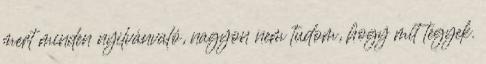
mert minden nyilvánvaló, nagyon nem tudom, hogy mit tegyek.